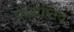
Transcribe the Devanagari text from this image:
परसेप्टिव